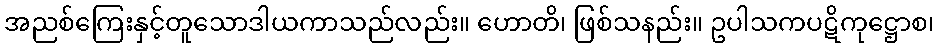
အညစ်ကြေးနှင့်တူသောဒါယကာသည်လည်း။ ဟောတိ၊ ဖြစ်သနည်း။ ဥပါသကပဋိကုဋ္ဌောစ၊